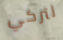
لتركي